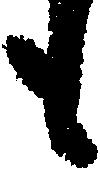
も